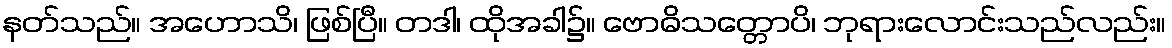
နတ်သည်။ အဟောသိ၊ ဖြစ်ပြီ။ တဒါ၊ ထိုအခါ၌။ ဗောဓိသတ္တောပိ၊ ဘုရားလောင်းသည်လည်း။